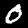
Label: 0